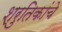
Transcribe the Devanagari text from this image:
श्रुतिकांचे